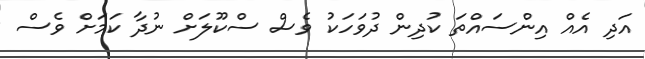
އަދި އެއް އިންސައްތަ ކުދިން ދުވަހަކު ވެސް ސްކޫލަށް ނުދާ ކަމަށް ވެސް